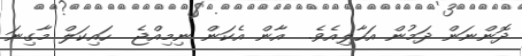
ދޮންނަން ދަމުން އަހާލިއެވެ.  އާން އެކަން ނިމިއްޖެ  ހައިކަލް މާގިނަ